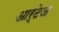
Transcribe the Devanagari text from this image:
आर्टेज